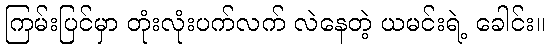
ကြမ်းပြင်မှာ တုံးလုံးပက်လက် လဲနေတဲ့ ယမင်းရဲ့ ခေါင်း။